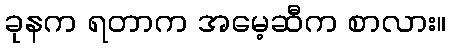
ခုနက ရတာက အမေ့ဆီက စာလား။